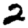
Digit: 2